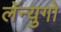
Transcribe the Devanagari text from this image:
लॅन्युगो